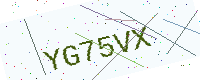
Text: YG75VX